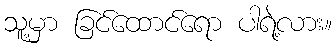
သူ့မှာ ခြင်ထောင်ရော ပါရဲ့လား။